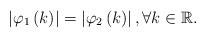
LaTeX: \begin{align*}\left\vert \varphi _{1}\left( k\right) \right\vert =\left\vert \varphi_{2}\left( k\right) \right\vert ,\forall k\in \mathbb{R}. \end{align*}